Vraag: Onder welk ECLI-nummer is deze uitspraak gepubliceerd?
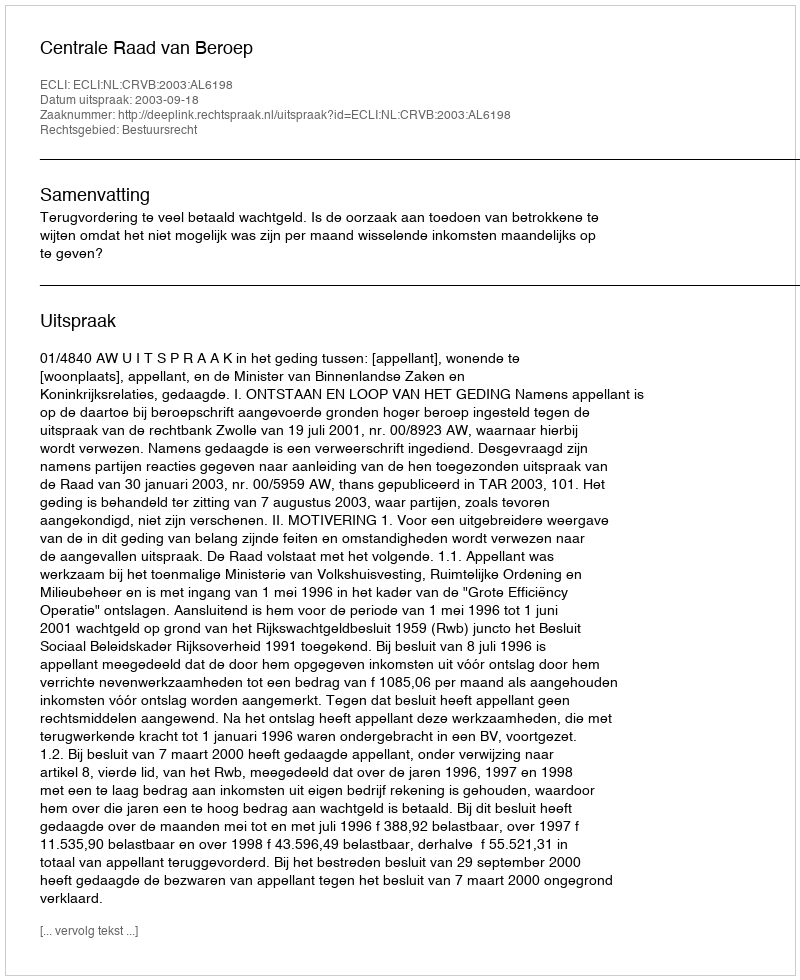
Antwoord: ECLI:NL:CRVB:2003:AL6198